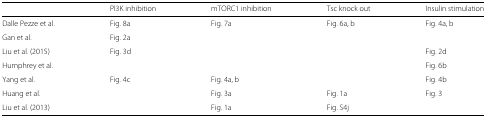
|  | PI3K inhibition | mTORC1 inhibition | Tsc knock out | Insulin stimulation |
 | --- | --- | --- | --- | --- |
 | Dalle Pezze et al. | Fig. 8a | Fig. 7a | Fig. 6a, b | Fig. 4a, b |
 | Gan et al. | Fig. 2a |  |  |  |
 | Liu et al. (2015) | Fig. 3d |  |  | Fig. 2d |
 | Humphrey et al. |  |  |  | Fig. 6b |
 | Yang et al. | Fig. 4c | Fig. 4a, b |  | Fig. 4b |
 | Huang et al. |  | Fig. 3a | Fig. 1a | Fig. 3 |
 | Liu et al. (2013) |  | Fig. 1a | Fig. S4j |  |